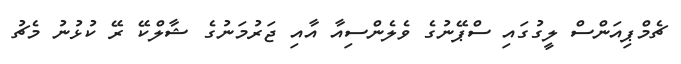
ޗެމްޕިއަންސް ލީގުގައި ސްޕޭނުގެ ވެލެންސިއާ އާއި ޖަރުމަނުގެ ޝާލްކޭ ރޭ ކުޅުނު މެޗު